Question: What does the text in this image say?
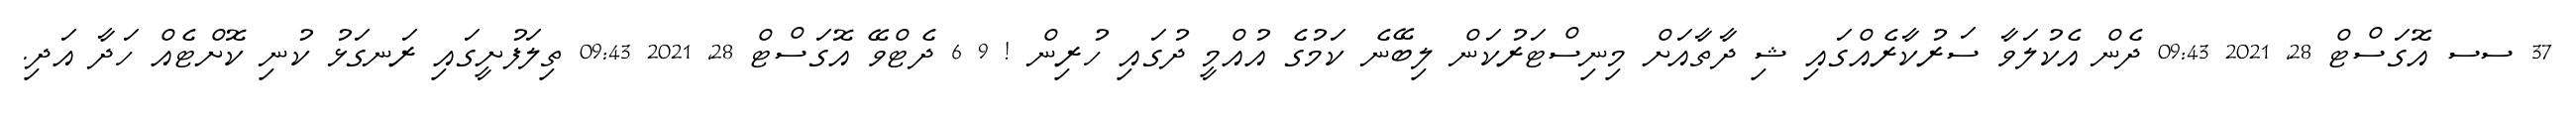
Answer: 37 ސސ އޮގަސްޓް 28, 2021 09:43 ދެން އެކުލަވާ ސަރުކާރެއްގައި ޝި ދާތާއަށް މިނިސްޓަރުކަން ލިބޭނެ ކަމުގެ އުއްމީ ދުގައި ހުރިން ! 9 6 ދެޓްވޭ އޮގަސްޓް 28, 2021 09:43 ތިލަފުށީގައި ރަނގަޅު ކުނި ކޮށްޓެއް ހަދާ އަދި.